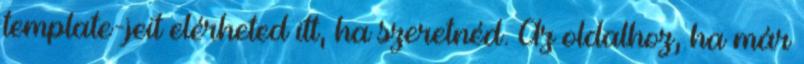
template-jeit elérheted itt, ha szeretnéd. Az oldalhoz, ha már